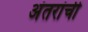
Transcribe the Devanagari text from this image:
अंतरांची